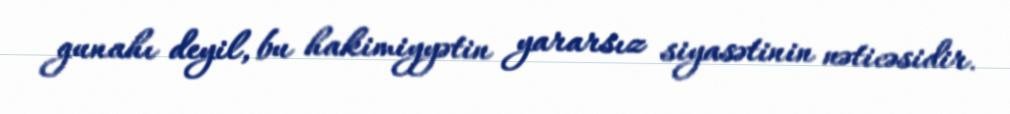
gunahı deyil, bu hakimiyyətin yararsız siyasətinin nəticəsidir.